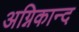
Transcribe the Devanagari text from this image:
अग्निकान्द